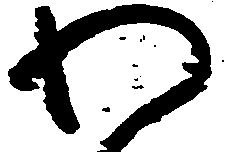
わ